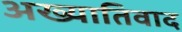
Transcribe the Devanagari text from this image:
अख्यातिवाद